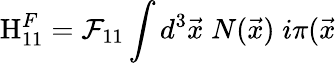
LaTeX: \mathrm{H}_{11}^{F}={\cal F}_{11}\int d^{3}\vec{x}\; N(\vec{x})\; i\pi(\vec{x}